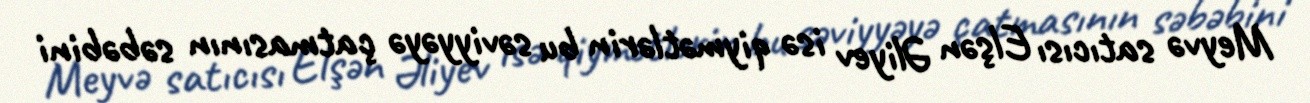
Meyvə satıcısı Elşən Əliyev isə qiymətlərin bu səviyyəyə çatmasının səbəbini